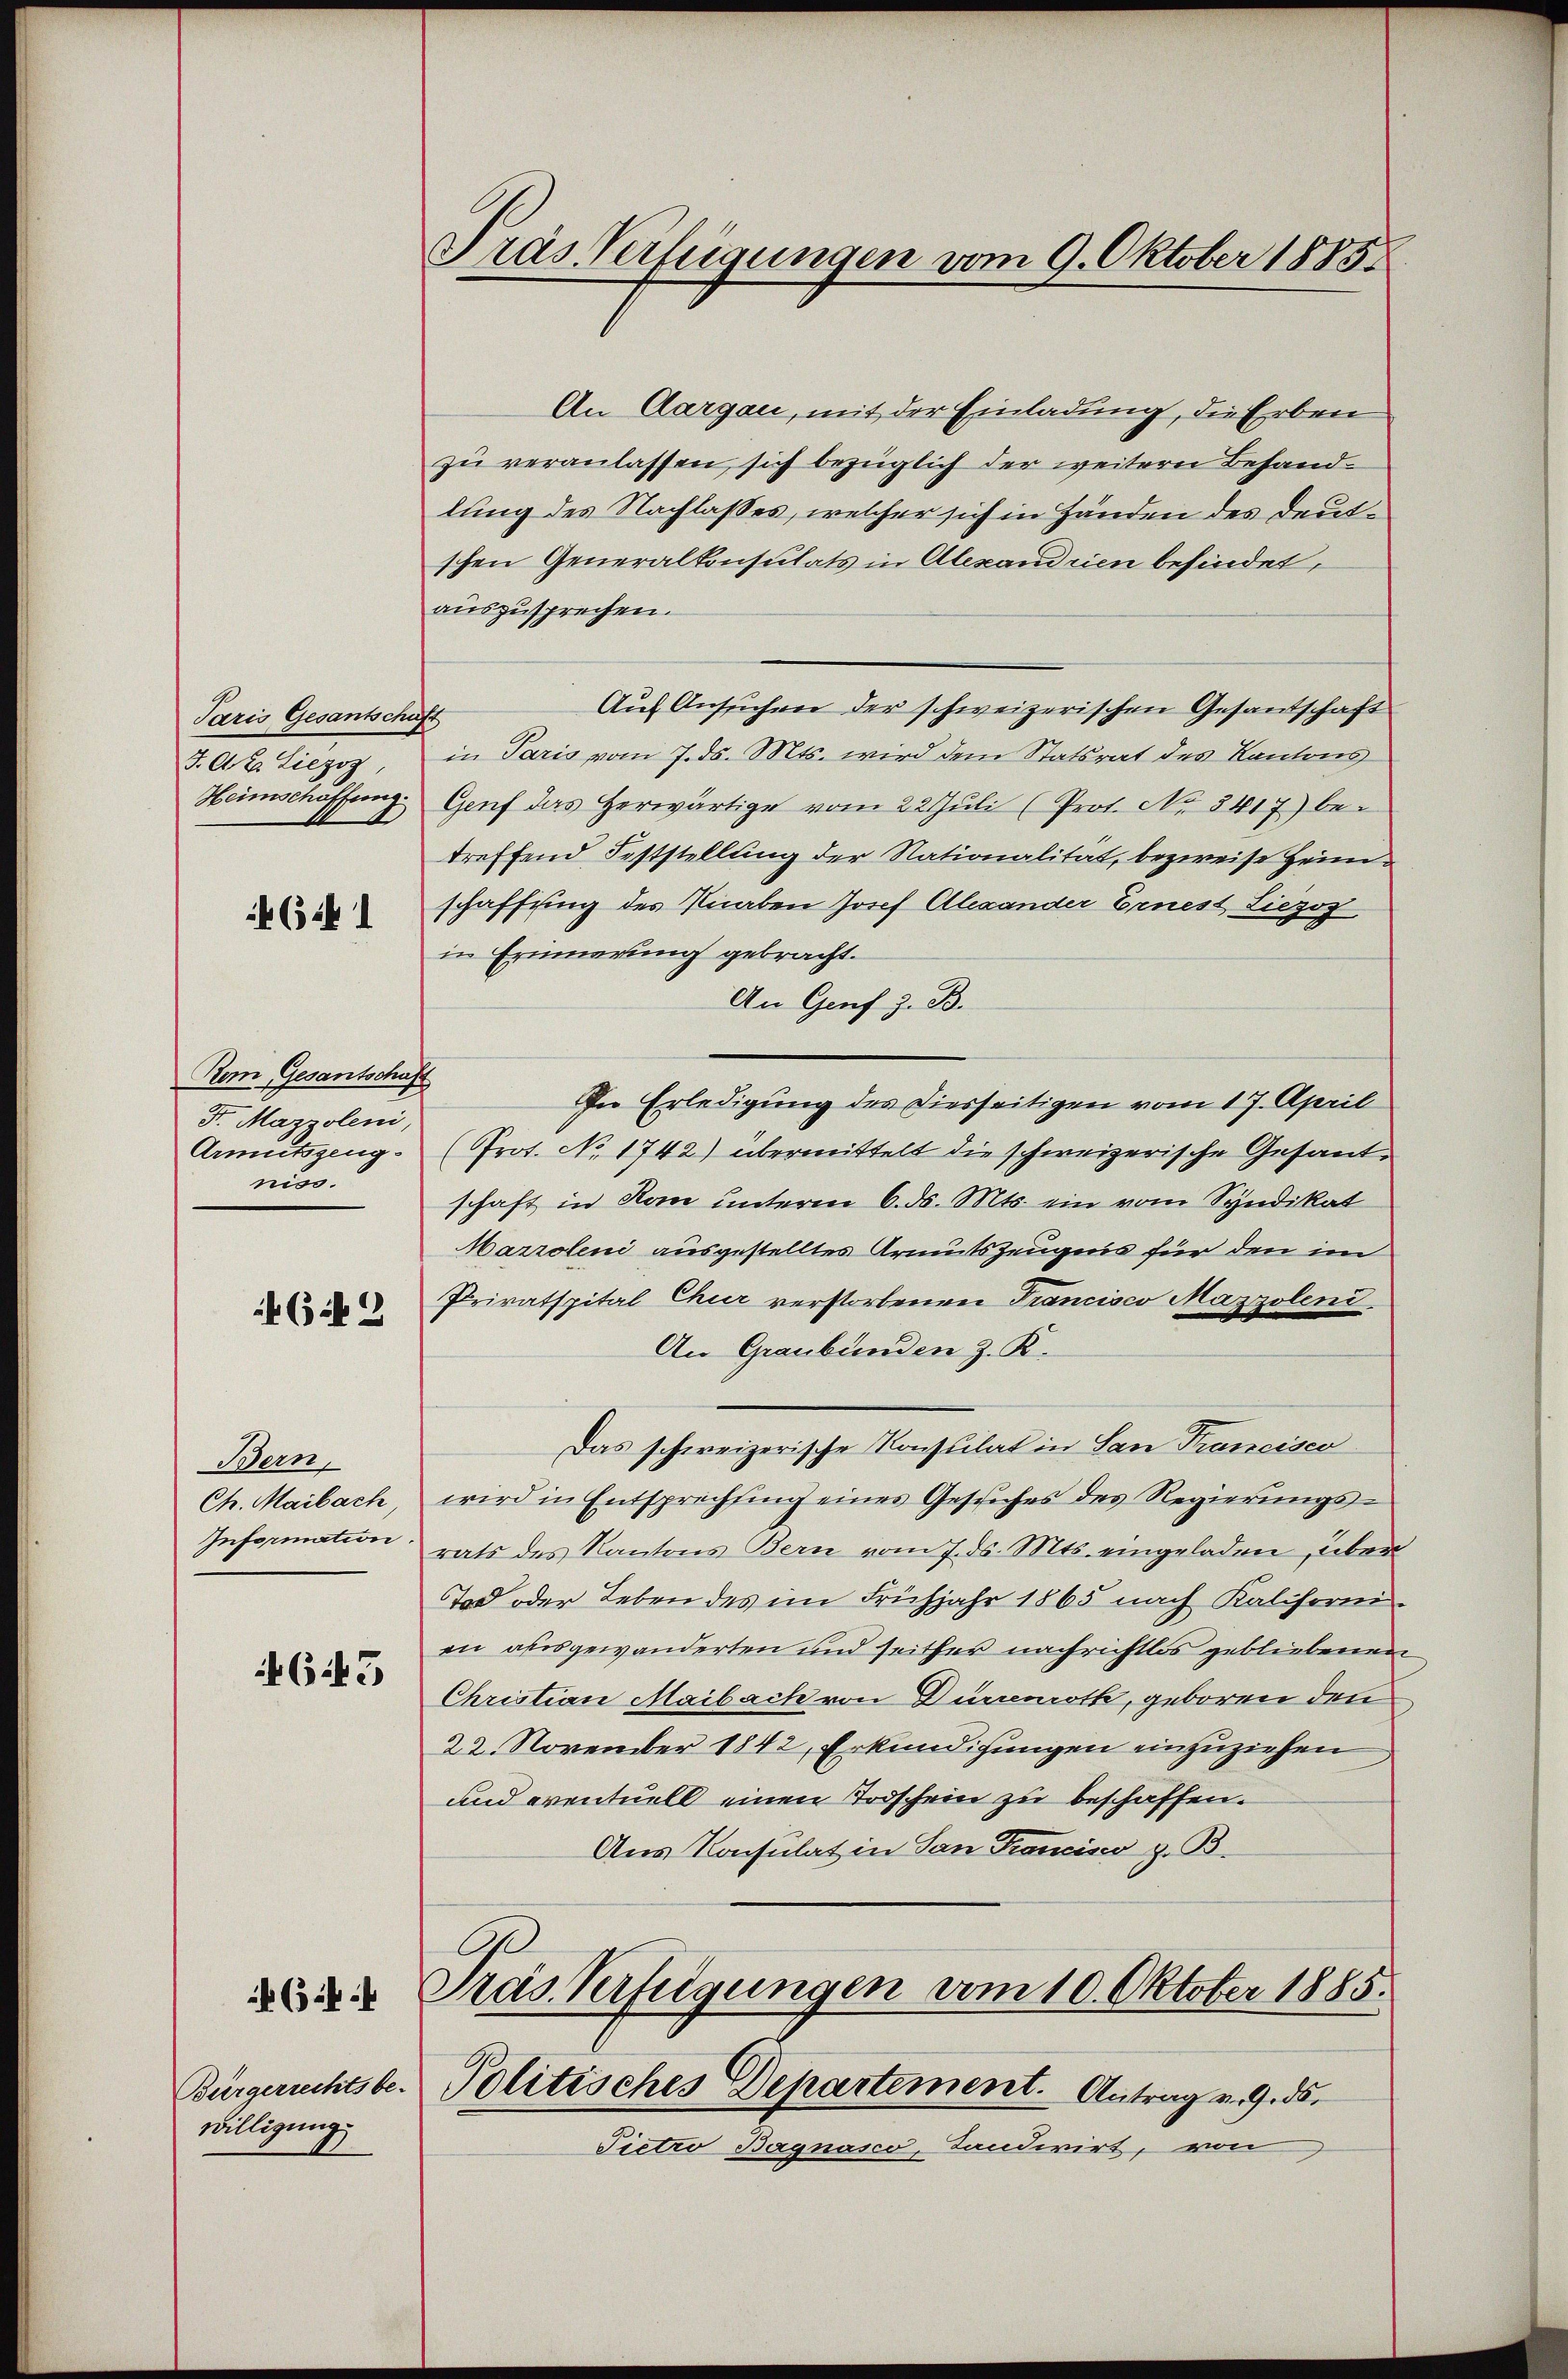
Paris Gesantschaft
J. A. H. Liezoz,
Heimschaffung.

46441

Rem Gesantschaft
S. Mazzoleni,
Armutszeugniss.

4(if. 2

Bern,
Ch. Maibach
Information

645

Bürgerrechtsbe-
willigung

5 f 24

Pras Verfügungen vom 9. Oktober 1885

An Aargau, mit der Einladung, die Erben
zu veranlassen, sich bezüglich der weitern Behandlung des Nachlasses, welcher sich in Händen des Deutschen Generalkonsulats in Alexandrien befindet,
auszusprechen.
Auf Ansuchen der schweizerischen Gesandschaft
in Paris vom 7. ds. Mts. wird dem Statsrat des Kantons
Genf das herwärtige vom 22 Juli (Prot. No 3417) be-
treffend Feststellung der Nationalität, bezweife Heimschaffung des Knaben Josef Alexander Ernest Liezog
in Erinnerung gebracht.
An Genf z. B.
In Erledigung des Diesseitigen vom 17. April
(Prot. No. 1742) übermittelt die schweizerische Gesandschaft in Rom unterm 6. ds. Mts. ein vom Syndikat
Marroleni ausgestelltes Armutszeugnis für den im
Privatspital Chur verstorbenen Francisco Mazzolend.
An Graubünden z. K.
Das schweizerische Konsulat in San Francisco
wird in Entsprechtung eines Gesuches des Regierungs-
rats des Kantons Bern vom 7. ds. Mts. eingeladen, über
Tod oder Leben des im Frühjahr 1865 nach Kaliforni-
en ausgewanderten und seither nachrichtlos gebliebenen
Christian Maibach von Dürrenroth, geboren den
22. November 1842, Erkundigungen einzuziehen
und eventuell einen Todschein zu beschaffen.
Aus Konsulat in San Francisco z. B.

Tras Verfügungen vom 10. Oktober 1885.

Politisches Departement. Antrag v. 9. ds.
Pietro Bagnasco, Landwirt, von